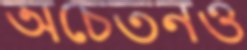
অচেতনও